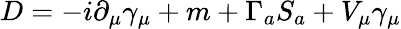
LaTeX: D=-i\partial_{\mu}\gamma_{\mu}+m+\Gamma_{a}S_{a}+V_{\mu}\gamma_{\mu}